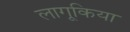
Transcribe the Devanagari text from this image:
लागूकिया